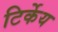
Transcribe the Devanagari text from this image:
टिर्केय